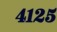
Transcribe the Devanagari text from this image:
४१२५